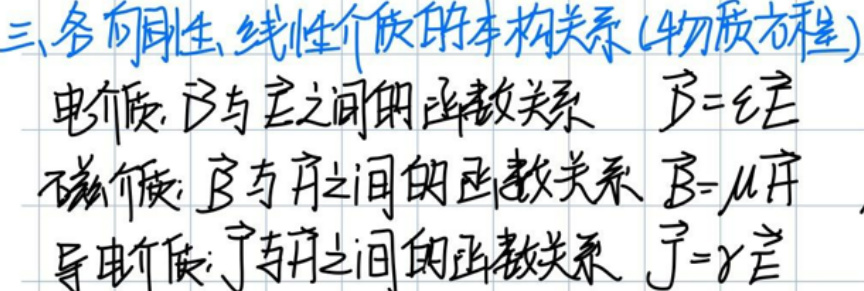
三、各向同性、线性介质的本构关系（物质方程）

电介质：\(\vec{D}\)与\(\vec{E}\)之间的关系 \(\vec{D}=\epsilon\vec{E}\)

磁介质：\(\vec{B}\)与\(\vec{H}\)之间的关系 \(\vec{B}=\mu\vec{H}\)

导电介质：\(\vec{J}\)与\(\vec{E}\)之间的关系 \(\vec{J}=\gamma\vec{E}\)